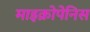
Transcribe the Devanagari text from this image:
माइक्रोपेनिस